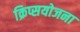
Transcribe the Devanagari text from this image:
क्रिप्सयोजना